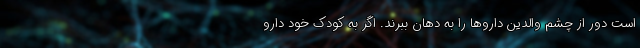
است دور از چشم والدین داروها را به دهان ببرند. اگر به کودک خود دارو